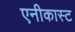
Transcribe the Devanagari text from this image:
एनीकास्ट